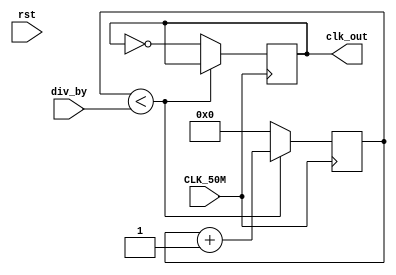
module freq_divider(CLK_50M, div_by, clk_out, rst);
	input CLK_50M, rst;
	input [31:0] div_by;
	output reg clk_out;
	reg [31:0] count_16;

	always @(posedge CLK_50M) 
		begin 
			if (count_16 < div_by)
				count_16 <= count_16 + 1;
			else
				begin
					count_16 <= 0;
					clk_out <= ~clk_out;
				end
		end

endmodule